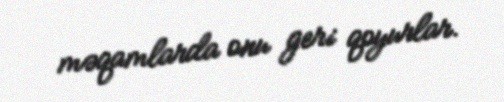
məqamlarda onu geri qoyurlar.